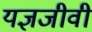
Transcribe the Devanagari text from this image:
यज्ञजीवी